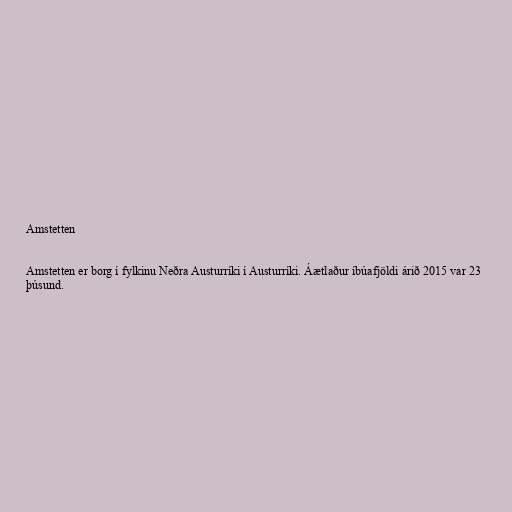
Amstetten

Amstetten er borg í fylkinu Neðra Austurríki í Austurríki. Áætlaður íbúafjöldi árið 2015 var 23
þúsund.